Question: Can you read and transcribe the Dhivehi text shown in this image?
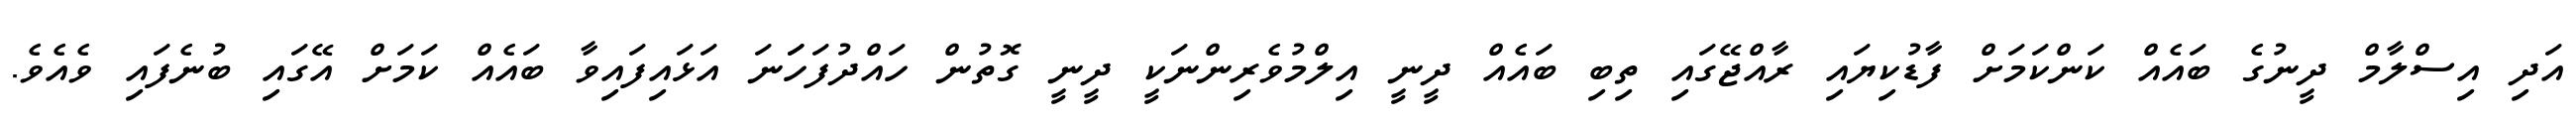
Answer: އަދި އިސްލާމް ދީނުގެ ބައެއް ކަންކަމަށް ފާޑުކިޔައި ރާއްޖޭގައި ތިބި ބައެއް ދީނީ އިލްމުވެރިންނަކީ ދީނީ ގޮތުން ހައްދުފަހަަނަ އަޅައިފައިވާ ބައެއް ކަމަށް އޭގައި ބުނެފައި ވެއެވެ.